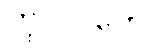
ကုလူပကေ